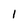
Character: 1